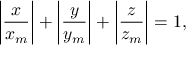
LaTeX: \left| { \frac { x } { x _ { m } } } \right| + \left| { \frac { y } { y _ { m } } } \right| + \left| { \frac { z } { z _ { m } } } \right| = 1 ,